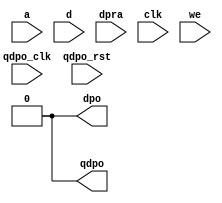
module elut_custom #(
	parameter used = 0,
	parameter [0:2**6-1] LUT_MASK={2**6{1'b0}}
) (
	a,
	d,
	dpra,
	clk,
	we,
	dpo,
	qdpo_clk,
	qdpo_rst,
	qdpo);
input [5 : 0] a;
input [0 : 0] d;
input [5 : 0] dpra;
input clk;
input we;
input qdpo_clk;
input qdpo_rst;
output dpo;
output qdpo;
wire lut_output;
wire lut_registered_output;
	generate
		if( used == 1)
		begin
			LUT_K #(
				.K(6),
				.LUT_MASK(LUT_MASK)
				) verification_lut2  (
				.in(dpra),
				.out(lut_output)
				);
			DFF #(
	        .INITIAL_VALUE(1'b0)
	    ) verification_latch  (
	        .D(lut_output),
	        .Q(lut_registered_output),
	        .clock(qdpo_clk)
	    );
		end
		else
		begin
			assign lut_output = 1'b0;
			assign lut_registered_output = 1'b0;
		end
	endgenerate
assign dpo  = lut_output;
assign qdpo = lut_registered_output;
endmodule